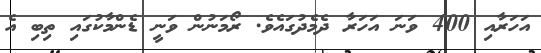
އަހަރާއި 400 ވަނަ އަހަރާ ދެމެދުގައެވެ. ރޯމަނުން ވަނީ ޑެންމާކުގައި ތިބި އެ